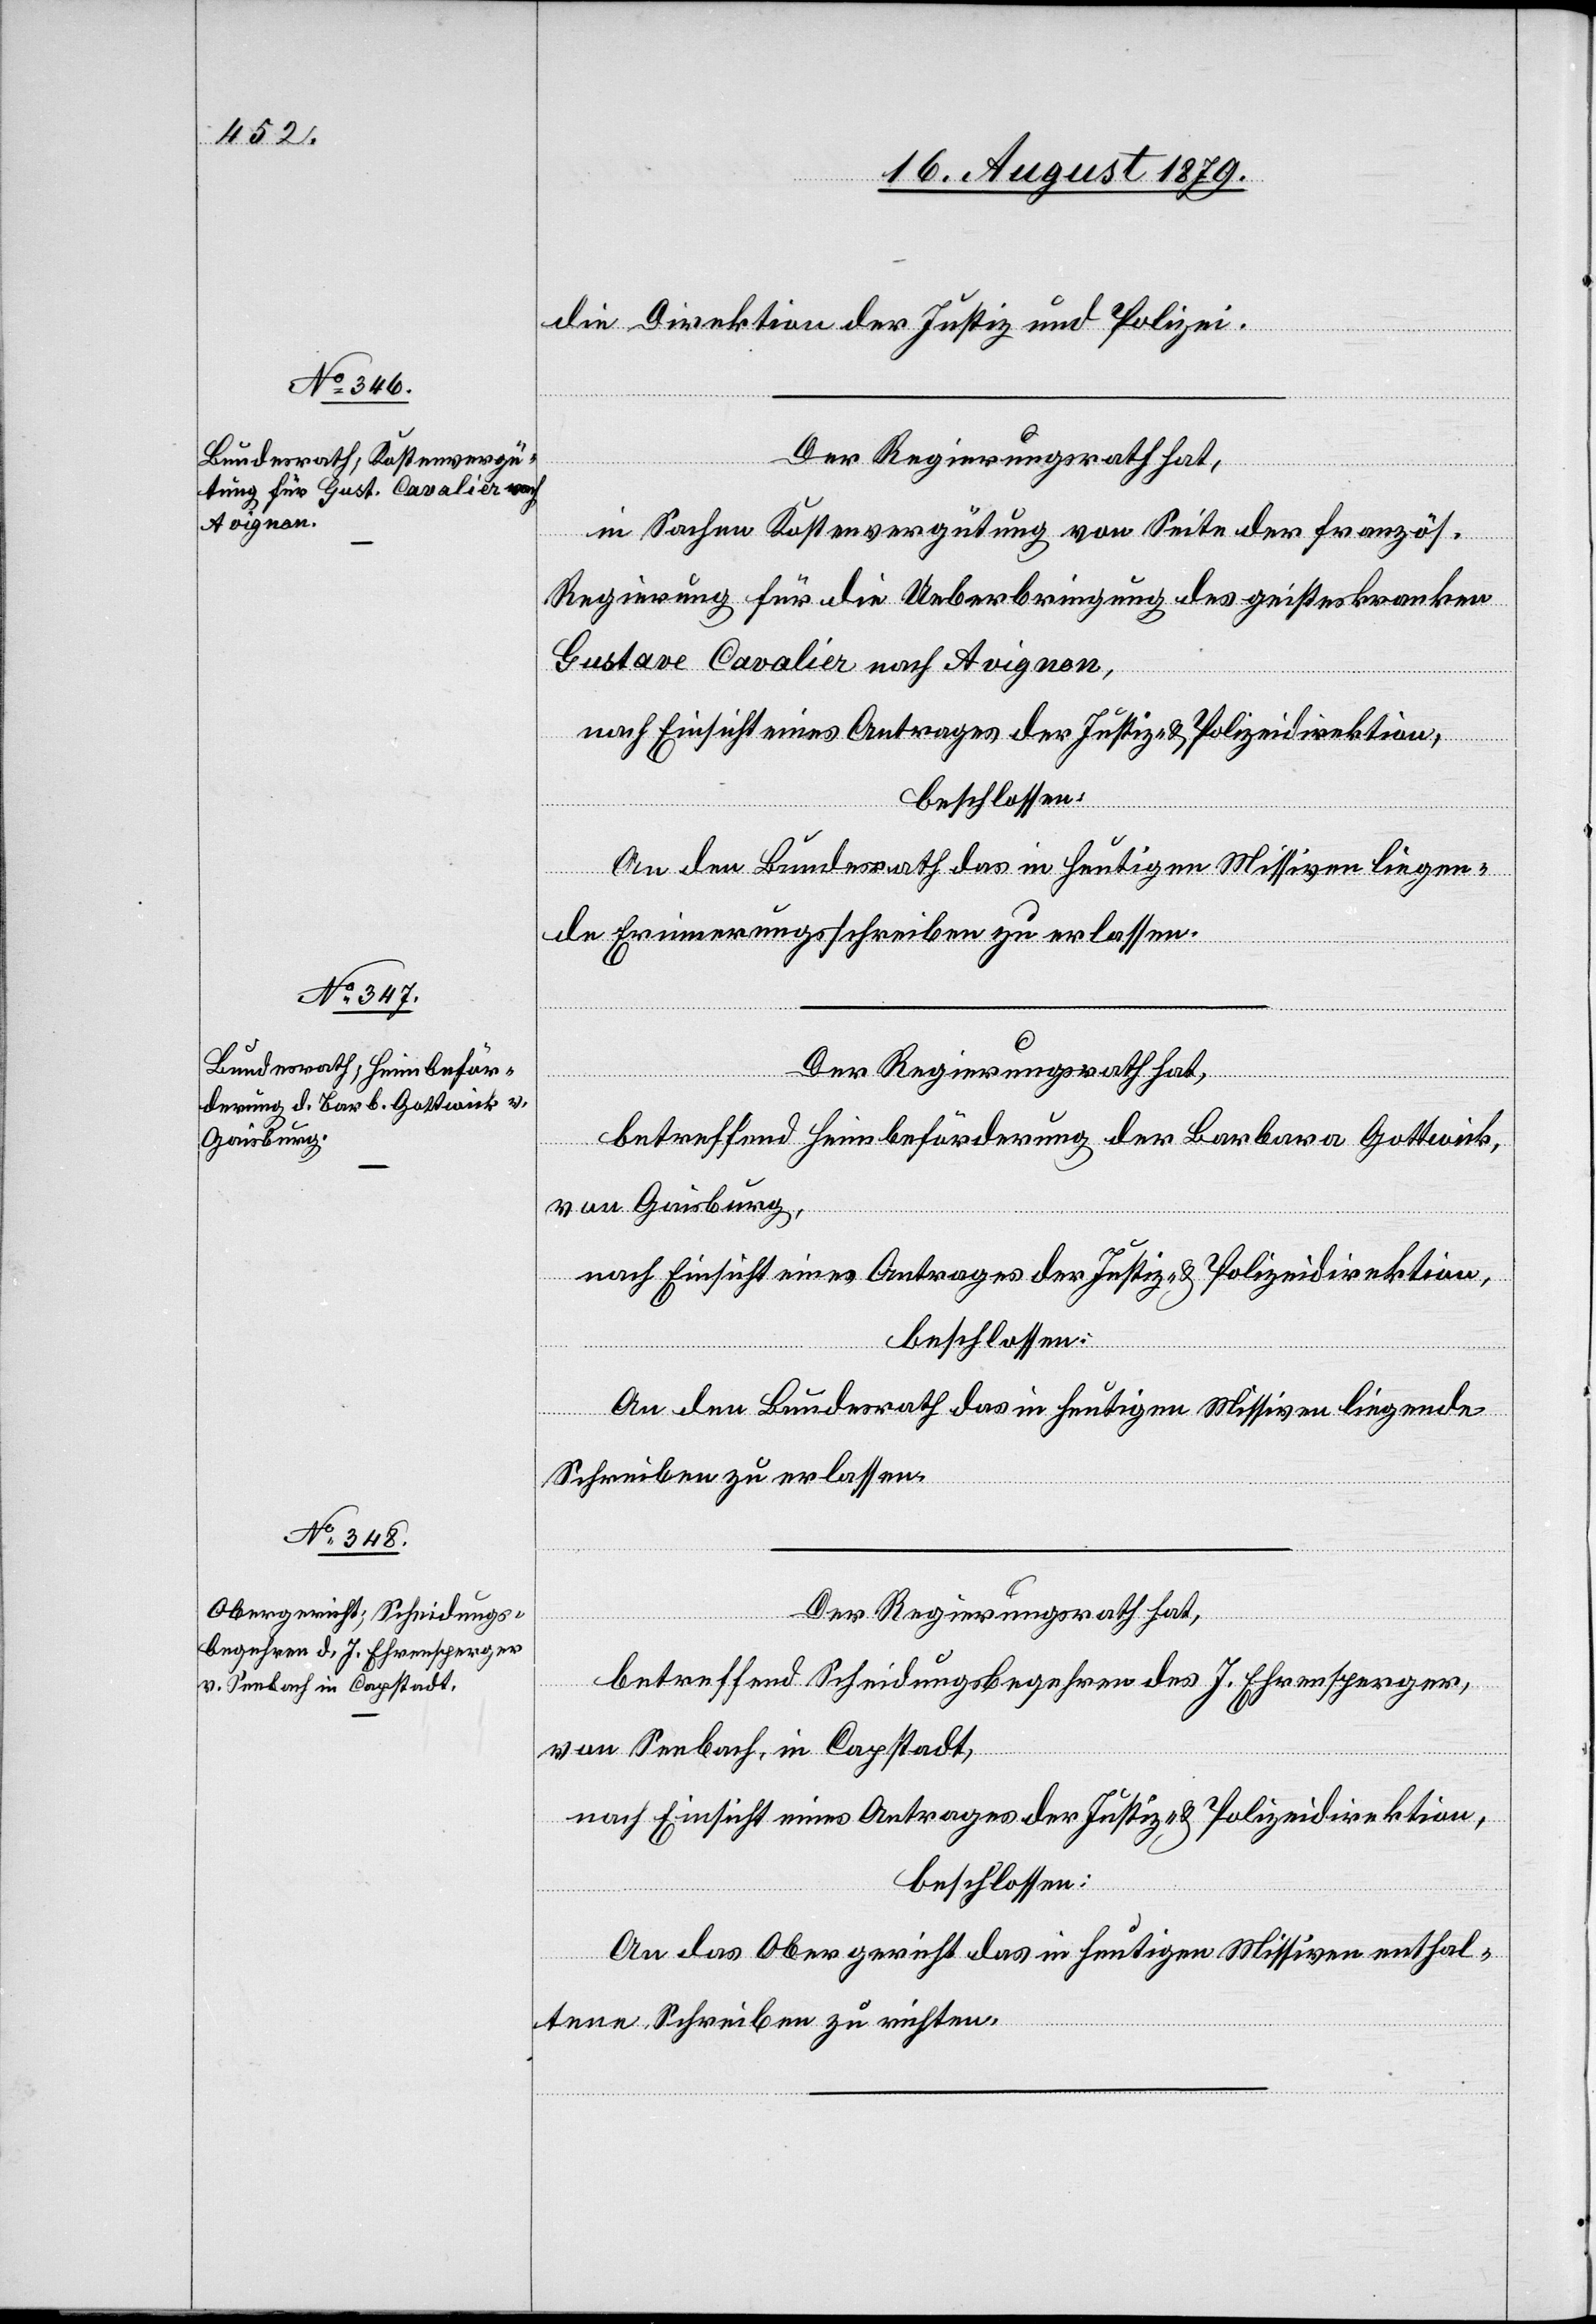
die Direktion der Justiz und Polizei.
Der Regierungsrath hat,
in Sachen Kostenvergütung von Seite der französ.
Regierung für die Ueberbringung des geisteskranken
Gustave Cavalier nach Avignon,
nach Einsicht eines Antrages der Justiz- & Polizeidirektion,
beschlossen:
An den Bundesrath das in heutigen Missiven liegen¬
de Erinnerungsschreiben zu erlassen.
Der Regierungsrath hat,
betreffend Heimbeförderung der Barbara Gottwick,
von Gaisburg,
nach Einsicht eines Antrages der Justiz- & Polizeidirektion,
beschlossen:
An den Bundesrath das in heutigen Missiven liegende
Schreiben zu erlassen.
Der Regierungsrath hat,
betreffend Scheidungsbegehren des J. Ehrensperger,
von Seebach, in Capstadt,
nach Einsicht eines Antrages der Justiz- & Polizeidirektion,
beschlossen:
An das Obergericht das in heutigen Missiven enthal¬
tene Schreiben zu richten.